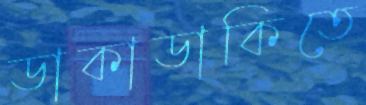
ডাকাডাকিতে